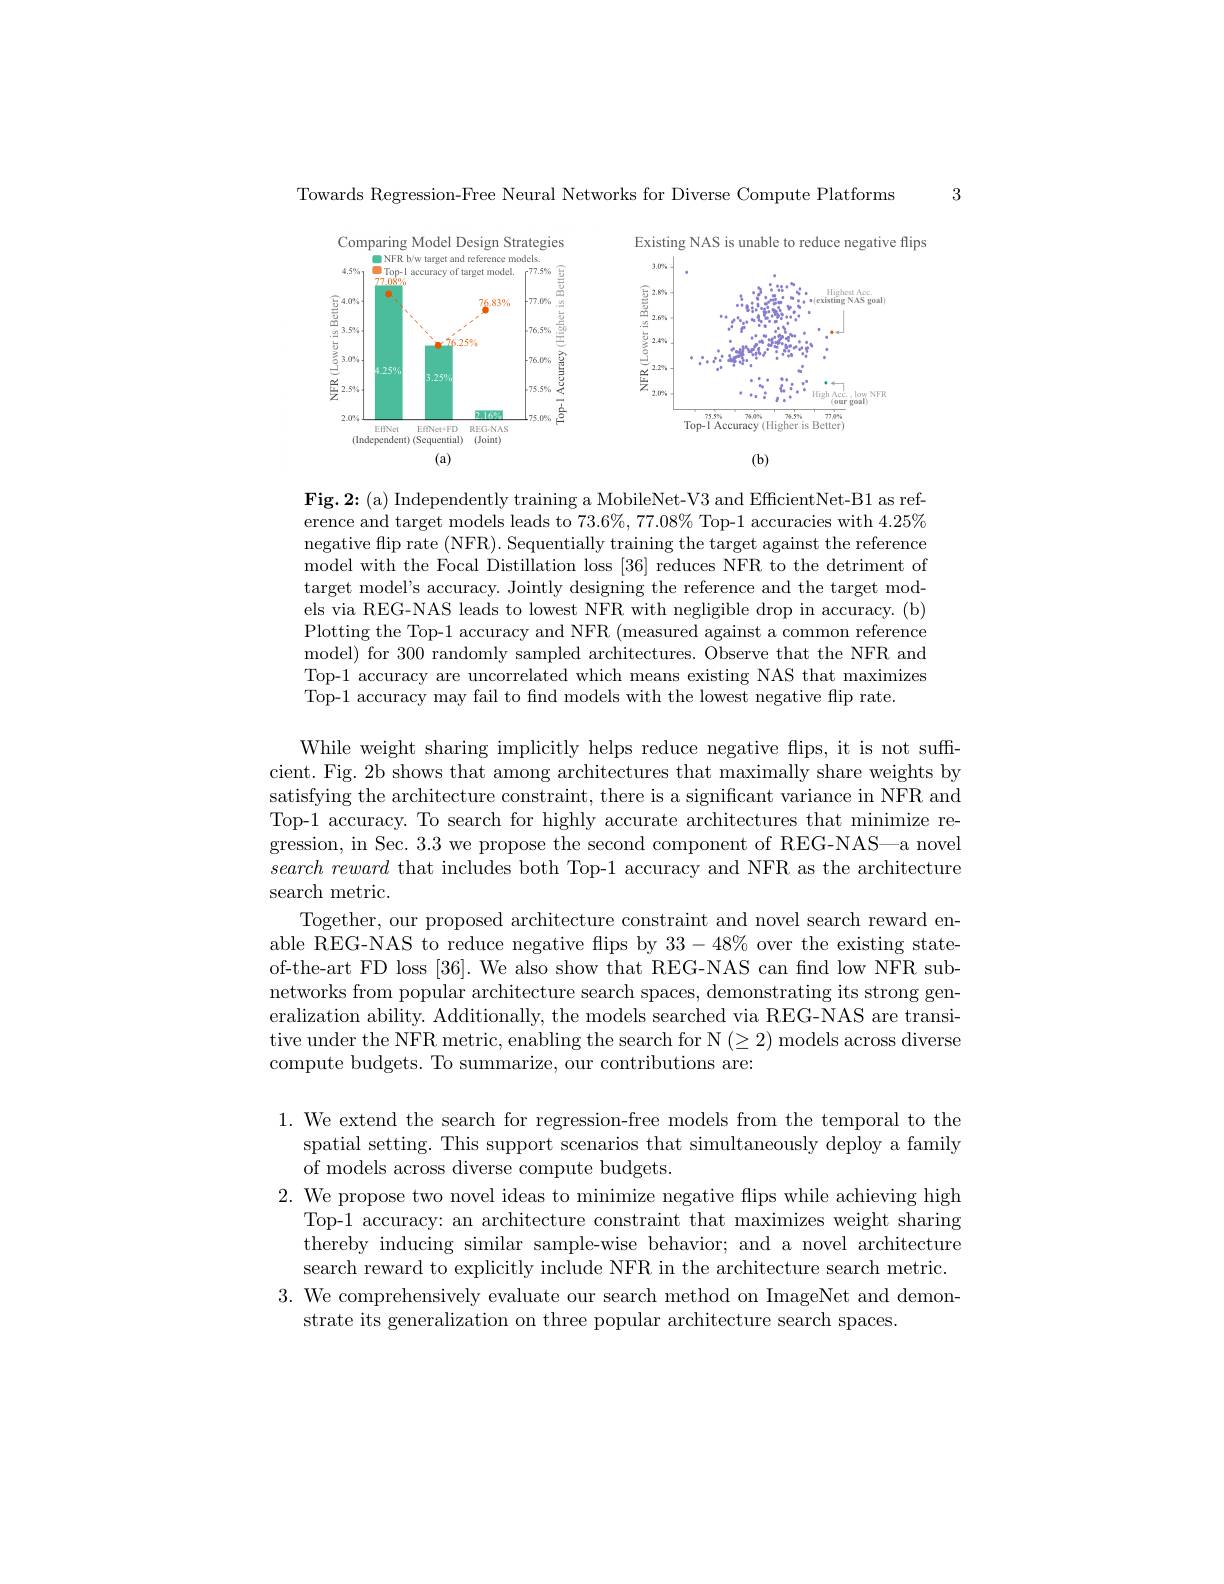
3

Towards Regression-Free Neural Networks for Diverse Compute Platforms

<FigureHere>

Fig. 2: (a) Independently training a MobileNet-V3 and EfficientNet-B1 as reference and target models leads to $73.6\%,77.08\%$ Top-1 accuracies with $4.25\%$ negative flip rate (NFR). Sequentially training the target against the reference model with the Focal Distillation loss [36] reduces NFR to the detriment of target model's accuracy. Jointly designing the reference and the target models via REG-NAS leads to lowest NFR with negligible drop in accuracy. (b) Plotting the Top-1 accuracy and NFR (measured against a common reference model) for 300 randomly sampled architectures. Observe that the NFR and Top-1 accuracy are uncorrelated which means existing NAS that maximizes Top-1 accuracy may fail to find models with the lowest negative flip rate.

While weight sharing implicitly helps reduce negative flips, it is not suffcient. Fig. 2b shows that among architectures that maximally share weights by satisfying the architecture constraint, there is a significant variance in NFR and Top-1 accuracy. To search for highly accurate architectures that minimize regression, in Sec. 3.3 we propose the second component of REG-NAS—a novel $search\textit{ reward that includes both Top- 1 accuracy and NFR as the architecture}$ search metric.
Together, our proposed architecture constraint and novel search reward enable REG-NAS to reduce negative flips by $33-48\%$ over the existing stateof-the-art FD loss [36]. We also show that REG-NAS can find low NFR subnetworks from popular architecture search spaces, demonstrating its strong generalization ability. Additionally, the models searched via REG-NAS are transitive under the NFR metric, enabling the search for $\mathcal{N}(\geq2)$ models across diverse compute budgets. To summarize, our contributions are:

1. We extend the search for regression-free models from the temporal to the
spatial setting. This support scenarios that simultaneously deploy a family
of models across diverse compute budgets.
2. We propose two novel ideas to minimize negative flips while achieving high
Top-1 accuracy: an architecture constraint that maximizes weight sharing thereby inducing similar sample-wise behavior; and a novel architecture search reward to explicitly include NFR in the architecture search metric.
3. We comprehensively evaluate our search method on ImageNet and demon-
strate its generalization on three popular architecture search spaces